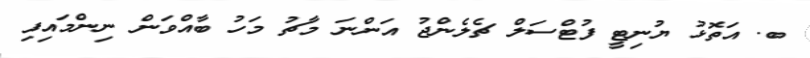
ބ. އަތޮޅު ޔުނިޓީ ފުޓްސަލް ޗެލެންޖު އަންނަ މާޗު މަހު ބާއްވަން ނިންމައިފި